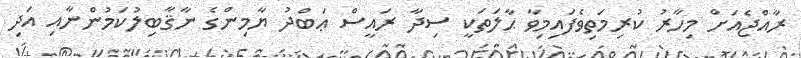
ރާއްޖެއަށް މިހާރު ކުރިމަތިވެފައިމިވާ ޙާލަތަކީ ސިދާ ރައީސް ޢަބްދު ޔާމިންގެ ނާޤާބިލުކަމުންނާއި އަދި